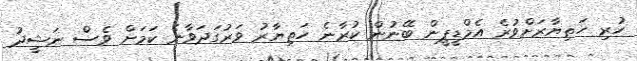
ހުރި ހަތިޔާރަށްވުރެ އެމްޑީޕީން ބޭނުން ކުރާނެ ހަތިޔާރު ވަރުގަދަވާނެ ކަމަށް ވެސް ނަޝީދު